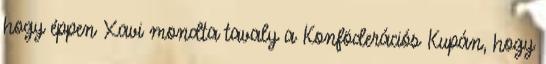
hogy éppen Xavi mondta tavaly a Konföderációs Kupán, hogy